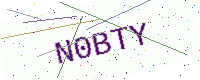
Text: N0BTY